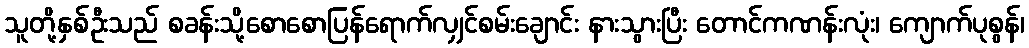
သူတို့နှစ်ဦးသည် စခန်းသို့စောစောပြန်ရောက်လျှင်စမ်းချောင်း နားသွားပြီး တောင်ကဏန်းလုံး၊ ကျောက်ပုစွန်၊